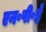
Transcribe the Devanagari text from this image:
एन॰पी॰ई